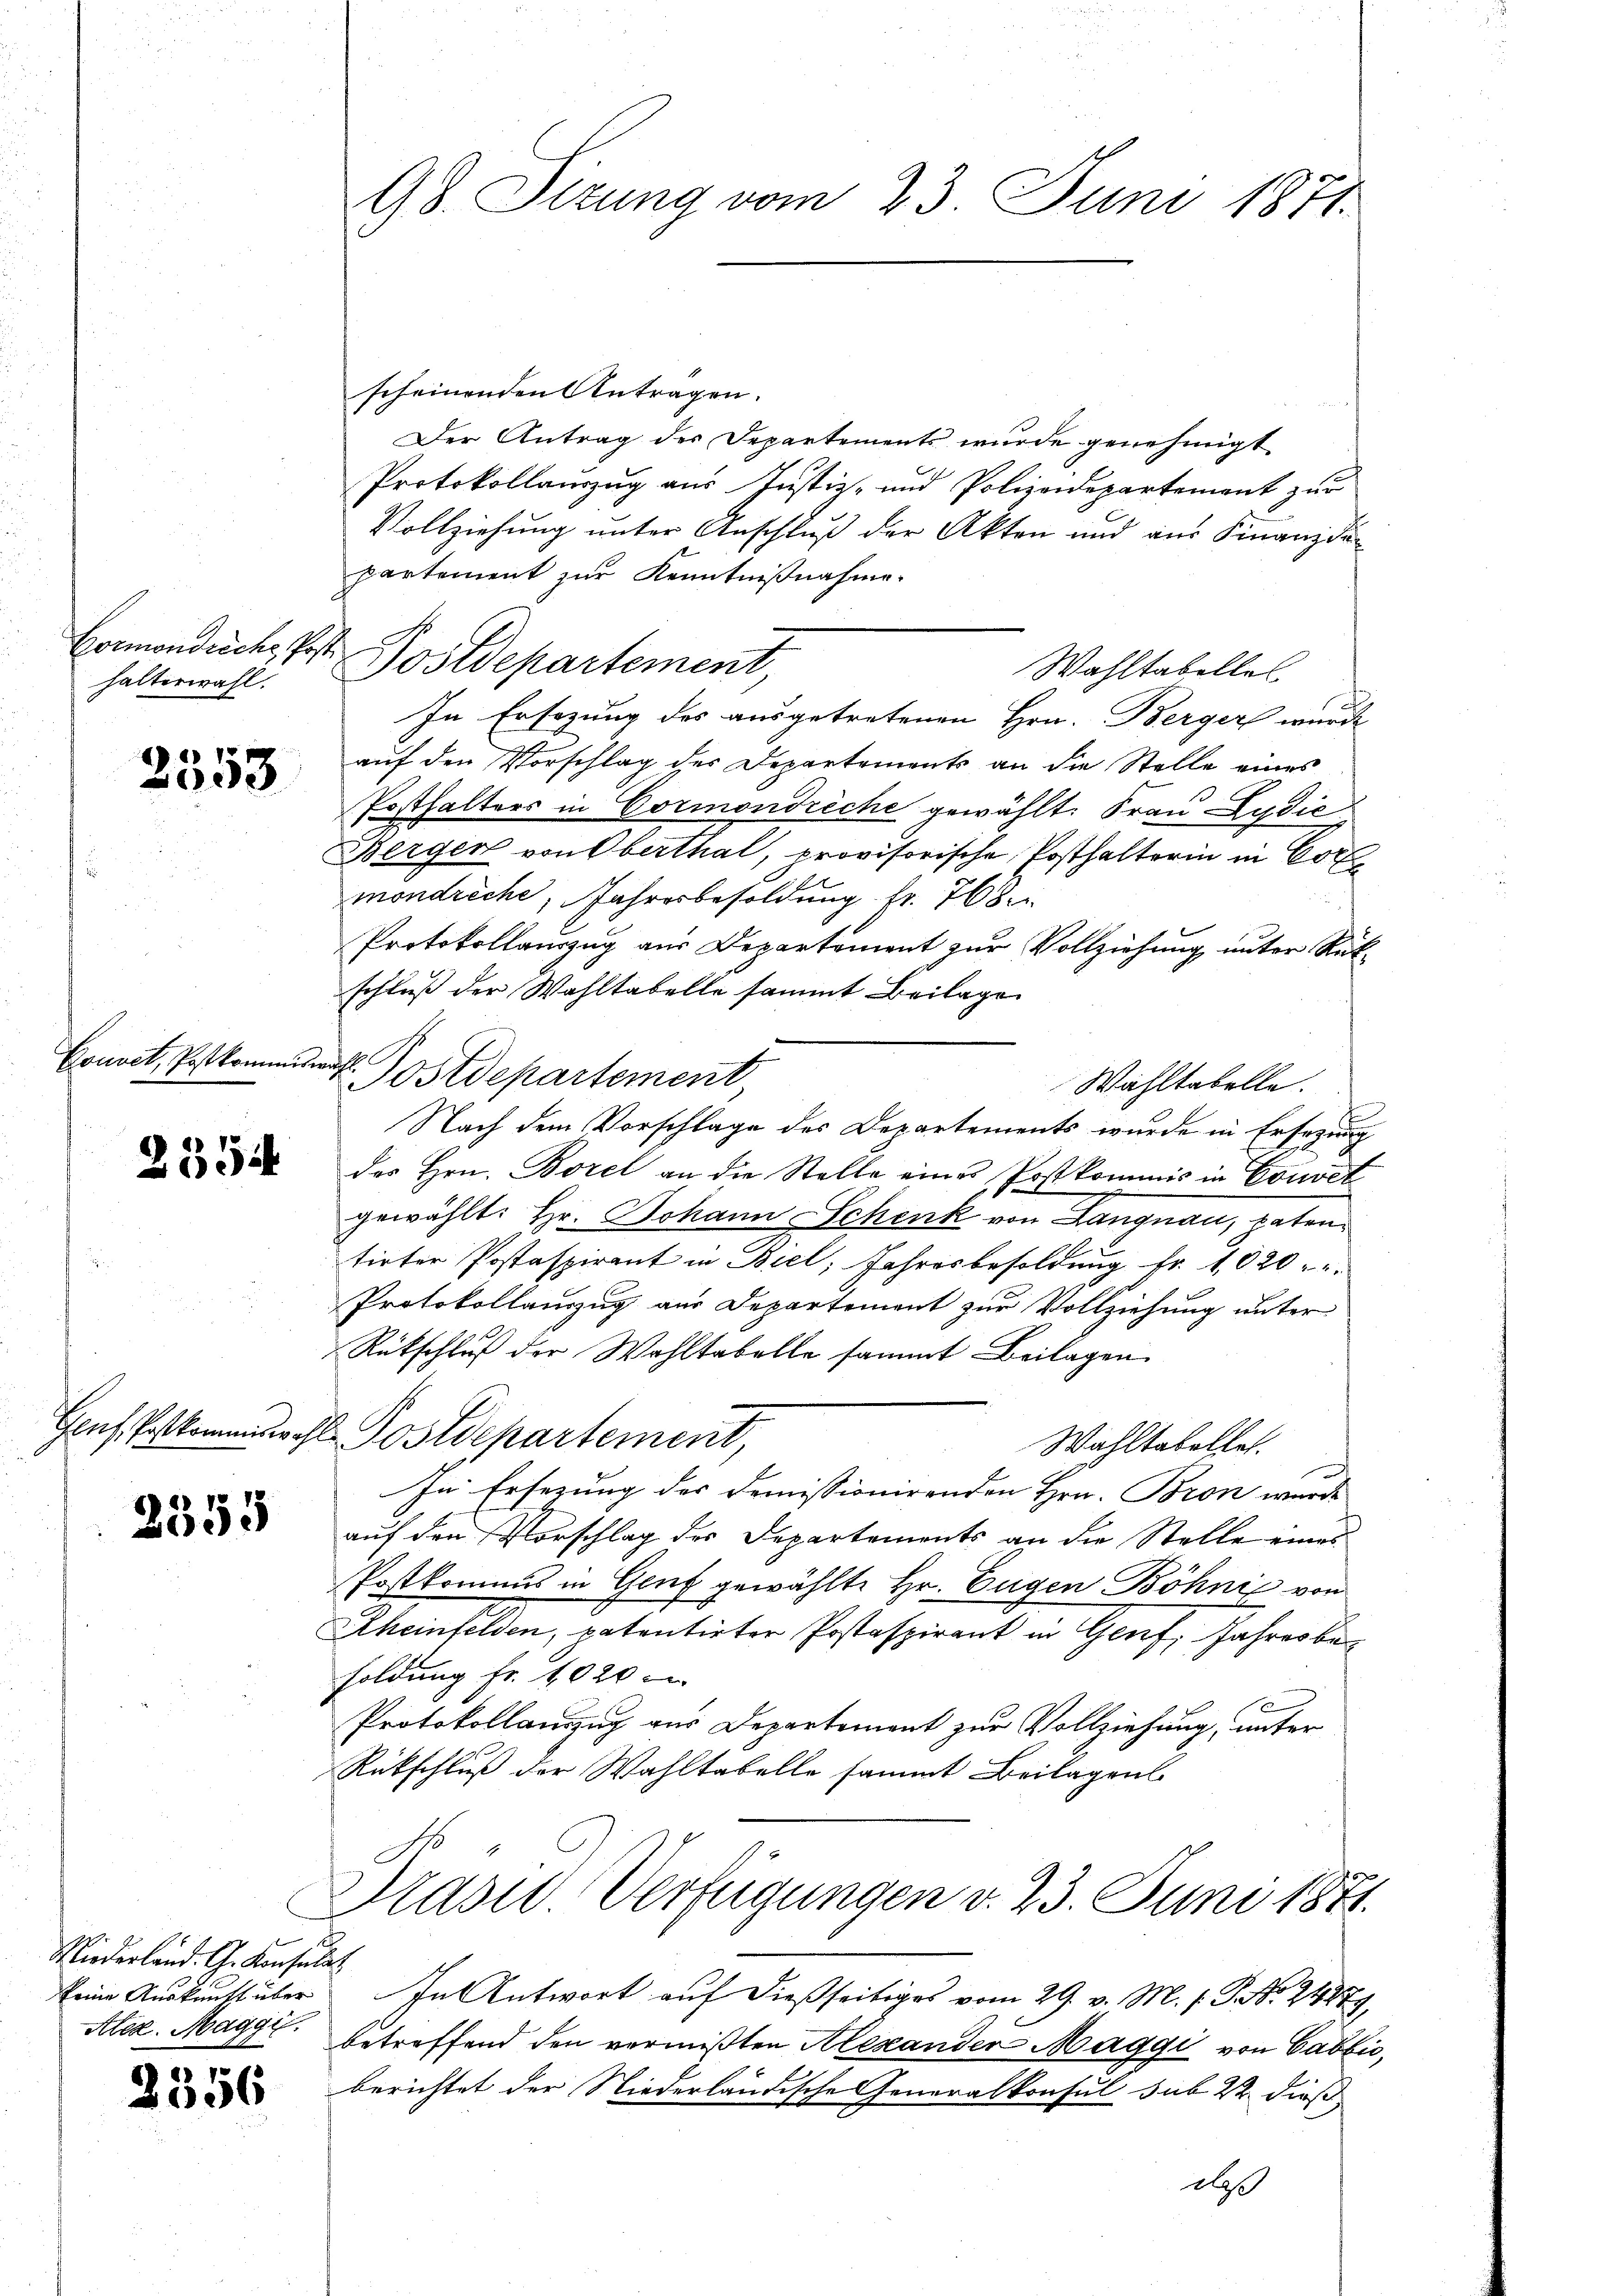
Hormondreche, Posthalterwahl.

Couvel, Postkommiswahl

2354

2335

2)

2553

Niederland. Ch. Konsulat
Ater. Maggil.

8356

scheinenden Antragen.
Der Antrag der Departements wurde genehmigt.
Protokollauszug aus Justiz- und Polizeidepartement zur
Vollziehung unter Anschluß der Akten und aus Finanzde
partement zur Kenntnißnahme.
Postdepartement,
Wahltabelles
In Ersezung des ausgetretenen Hrn. Berger wurde
auf den Vorschlag des Departements an die Stelle eines
Posthalters in Cormondreche gewählt. Frau Lydia
Berger von Oberthal, provisorische Posthalterin in Cor
mondreche, Jahresbesoldung fr. 768
Protokollauszug aus Departement zur Vollziehung unter Rükschluß der Wahltabelle sammt Beilage
Postdepartement,
Wahltabelle.
Nach dem Vorschlage des Departements wurde in Ersezung
der Hrn. Borel an die Stelle eines Postkommis in Convet
gewählt: Hr. Johann Schenk von Langnau, paten
tirter Postaspirant in Biel, Jahresbesoldung Fr. 1020
Protokollauszug aus Departement zur Vollziehung unter
Rückschluß der Wohltabelle sammt Beilagen
Genf, Polkommiswahl Postdepartement,
Wahltabelles.
In Ersezung der Demissionirenden Hrn. Bron wurde
auf den Vorschlag des Departements an die Stelle eines
Postkommis in Gluf gewählte Hr. Eugen Böhnić von
Rheinfelden, patentirter Postaspirant in Genf, Jahresbesoldung fr. 1020 u
Protokollanzug aus Departement zur Vollziehung, unter
Rückschluß der Wahltabelle sammt Beilagens
Präsid. Verfügungen v. 23. Juni 1871.
keine Auskunft über In Antwort auf dießseitiges vom 29. v. M. s. S. Nr. 24279,
betreffend den vermißten Alexander Maggi von Cabbić,
berichtet der Niederländische Generalkonsul sub 22 dieß

98. Sizung vom 23. Juni 1871.

daß